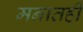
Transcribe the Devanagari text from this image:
मनातही